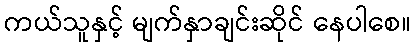
ကယ်သူနှင့် မျက်နှာချင်းဆိုင် နေပါစေ။